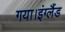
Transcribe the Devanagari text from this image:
गया।इंग्लैंड